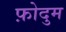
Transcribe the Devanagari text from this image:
फ़ोदुम